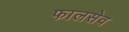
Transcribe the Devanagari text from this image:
फालसेव